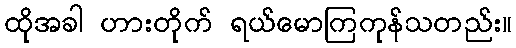
ထိုအခါ ဟားတိုက် ရယ်မောကြကုန်သတည်း။